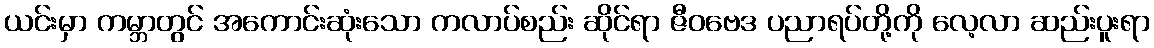
ယင်းမှာ ကမ္ဘာတွင် အကောင်းဆုံးသော ကလာပ်စည်း ဆိုင်ရာ ဇီဝဗေဒ ပညာရပ်တို့ကို လေ့လာ ဆည်းပူးရာ